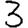
Digit: 3